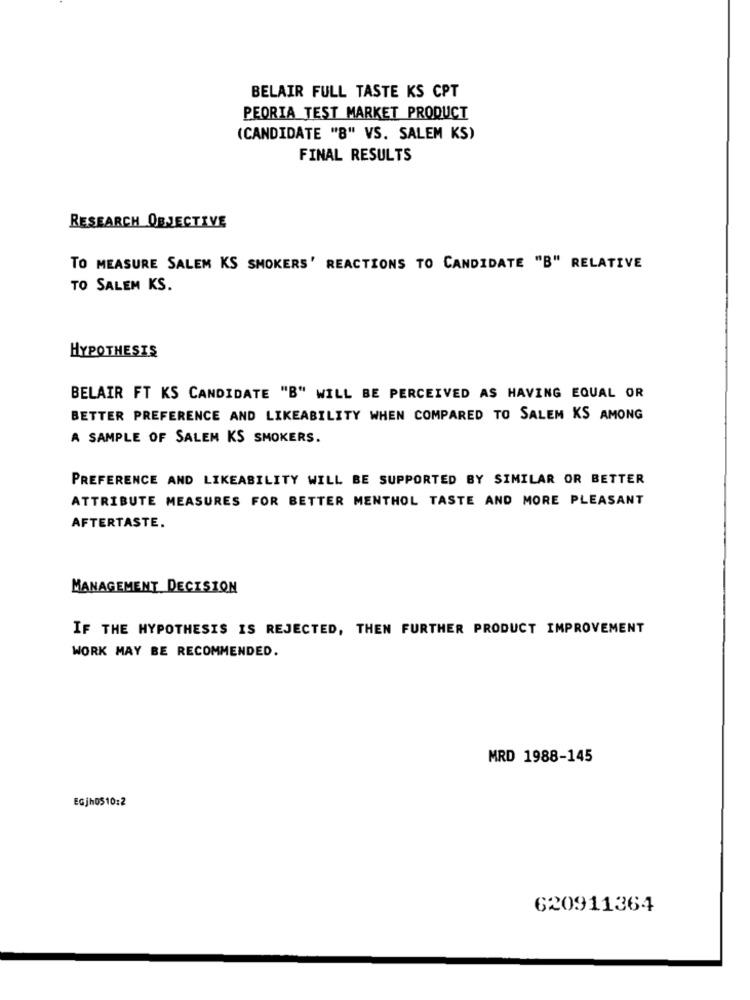
BELAIR FULL TASTE KS CPT
PEORIA TEST MARKET PRODUCT
(CANDIDATE "8" VS. SALEM KS)
FINAL RESULTS
RESEARCH OBJECTIVE
TO MEASURE SALEM KS SMOKERS' REACTIONS TO CANDIDATE "B" RELATIVE
TO SALEM KS.
HYPOTHESIS
BELAIR FT KS CANDIDATE "B" WILL BE PERCEIVED AS HAVING EQUAL OR
BETTER PREFERENCE AND LIKEABILITY WHEN COMPARED TO SALEM KS AMONG
A SAMPLE OF SALEM KS SMOKERS.
PREFERENCE AND LIKEABILITY WILL BE SUPPORTED BY SIMILAR OR BETTER
ATTRIBUTE MEASURES FOR BETTER MENTHOL TASTE AND MORE PLEASANT
AFTERTASTE.
MANAGEMENT DECISION
IF THE HYPOTHESIS IS REJECTED, THEN FURTHER PRODUCT IMPROVEMENT
WORK MAY BE RECOMMENDED.
MRD 1988-145
EGjh0510:2
620911364